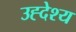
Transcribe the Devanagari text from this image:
उह्देश्य